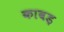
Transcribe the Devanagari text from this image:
कावड़